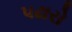
પઢારો